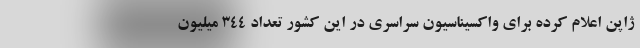
ژاپن اعلام کرده برای واکسیناسیون سراسری در این کشور تعداد 344 میلیون